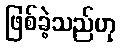
ဖြစ်ခဲ့သည်ဟု